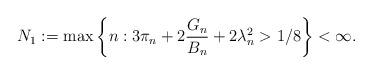
LaTeX: \begin{align*} N_1:=\max\left\{n:3\pi_n+2\frac{G_n}{B_n} +2\lambda_n^2>1/8 \right\}<\infty.\end{align*}